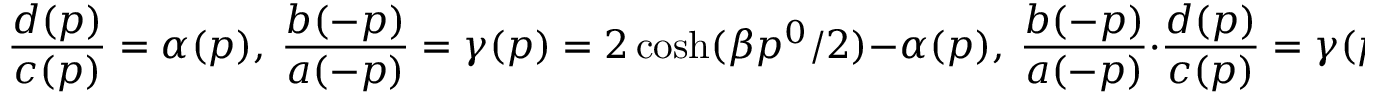
\frac { d ( p ) } { c ( p ) } = \alpha ( p ) , \ \frac { b ( - p ) } { a ( - p ) } = \gamma ( p ) = 2 \cosh ( \beta p ^ { 0 } / 2 ) - \alpha ( p ) , \ \frac { b ( - p ) } { a ( - p ) } \cdot \frac { d ( p ) } { c ( p ) } = \gamma ( p ) \cdot \alpha ( p ) = 1 ,